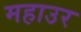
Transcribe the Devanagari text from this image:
महाउर